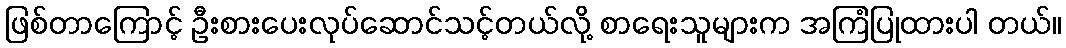
ဖြစ်တာကြောင့် ဦးစားပေးလုပ်ဆောင်သင့်တယ်လို့ စာရေးသူများက အကြံပြုထားပါ တယ်။